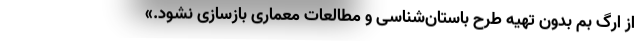
از ارگ بم بدون تهیه طرح باستان‌شناسی و مطالعات معماری بازسازی نشود.»